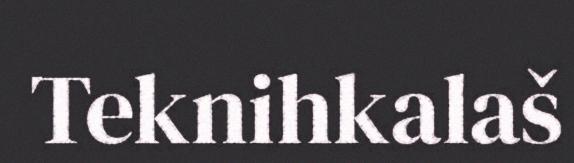
Teknihkalaš